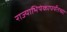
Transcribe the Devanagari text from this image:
राज्याभिषेकापर्यंतच्या